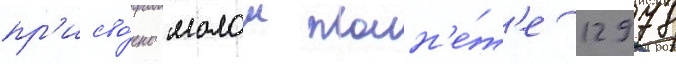
пр'исво́ено малои план'е́т'е 12978